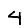
Digit: 4